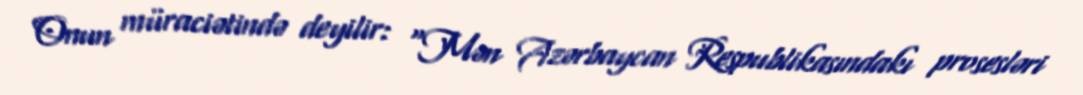
Onun müraciətində deyilir: “Mən Azərbaycan Respublikasındakı prosesləri